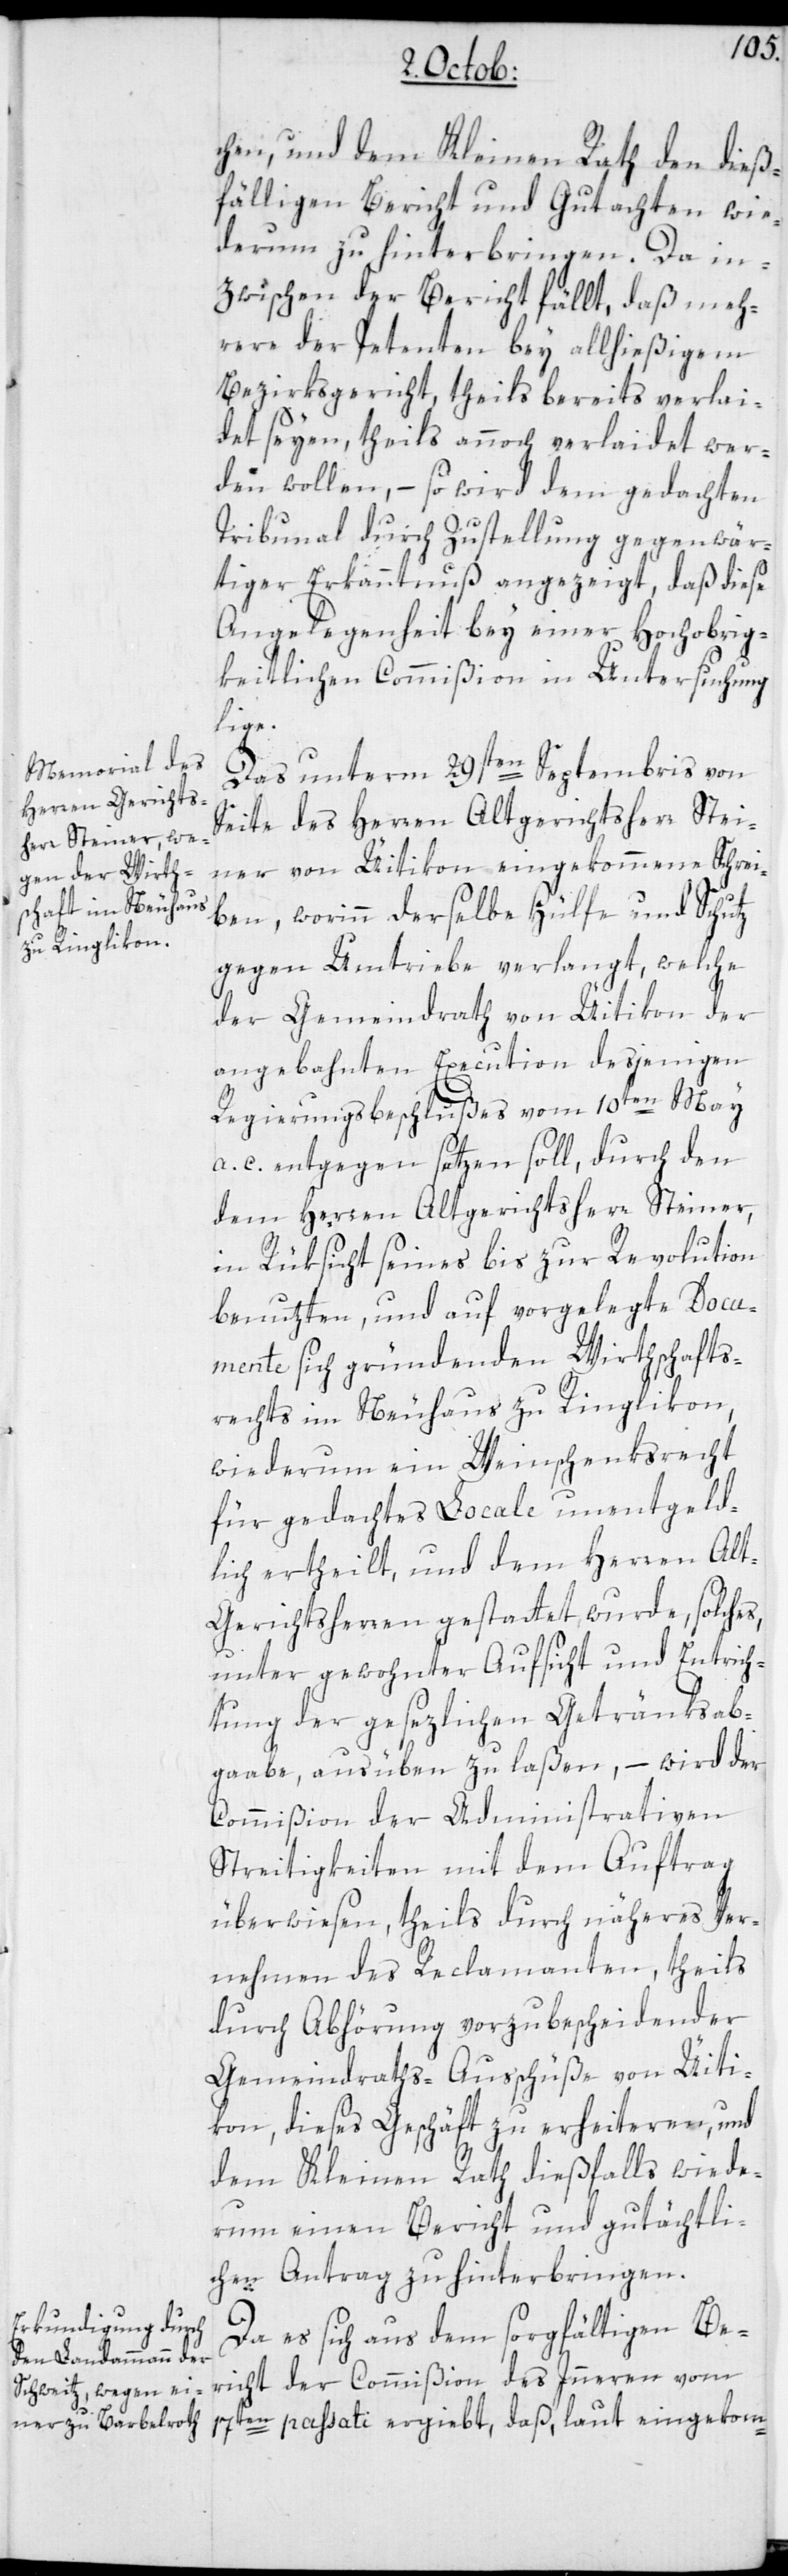
chen, und dem Kleinen Rath den dieß¬
fälligen Bericht und Gutachten wie¬
derum zu hinterbringen. Da in¬
zwischen der Bericht fällt, daß meh¬
rere der Petenten bey allhießigem
Bezirksgericht, theils bereits verlai¬
det seyen, theils annoch verlaidet wer¬
den wollen, – so wird dem gedachten
Tribunal durch Zustellung gegenwär¬
tiger Erkanntnuß angezeigt, daß diese
Angelegenheit bey einer Hochobrig¬
keitlichen Commißion in Untersuchung
liege.
Das unterm 29sten Septembris von
Seite des Herren Altgerichtsherr Stei¬
ner von Üitikon eingekommene Schrei¬
ben, worinn derselbe Hülfe und Schutz
gegen Umtriebe verlangt, welche
der Gemeindrath von Üitikon der
angebahnten Execution desjenigen
Regierungsbeschlußes vom 10ten May
a. c. entgegen setzen soll, durch den
dem Herren Altgerichtsherr Steiner,
in Rüksicht seines bis zur Revolution
benuzten, und auf vorgelegte Docu¬
mente sich gründenden Wirthschafts¬
rechts im Neuhaus zu Ringlikon,
wiederum ein Weinschenksrecht
für gedachtes Locale unentgeld¬
lich ertheilt, und dem Herren Al¬
t-Gerichtsherren gestattet wurde, solches
unter gewohnter Aufsicht und Entrich¬
tung der gesezlichen Getränksab¬
gabe, ausüben zu laßen, – wird der
Commißion der Administrativen
Streitigkeiten mit dem Auftrag
überwiesen, theils durch näheres Ver¬
nehmen des Reclamanten, theils
durch Abhörung vorzubescheidender
Gemeindraths-Ausschüße von Üiti¬
kon, dieses Geschäft zu erheiteren, und
dem Kleinen Rath dießfalls wiede¬
rum einen Bericht und gutächtli¬
chen Antrag zu hinterbringen.
Da es sich aus dem sorgfältigen Be¬
richt der Commißion des Innern vom
17ten passati ergiebt, daß laut eingekom-